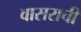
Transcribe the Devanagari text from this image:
वासराची